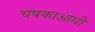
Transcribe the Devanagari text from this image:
चषकाआधी